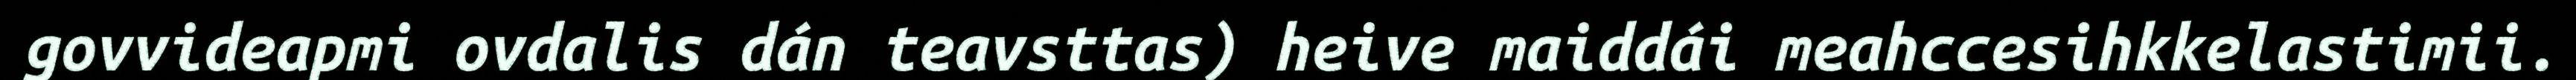
govvideapmi ovdalis dán teavsttas) heive maiddái meahccesihkkelastimii.